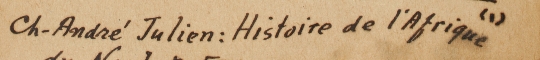
(1) Ch-André Julien: Histoire de l’Afrique